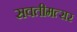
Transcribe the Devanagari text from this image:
सवतीमत्सर